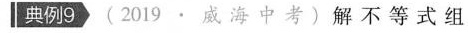
典例9(2019 · 威海中考)解不等式组